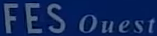
FES Ouest